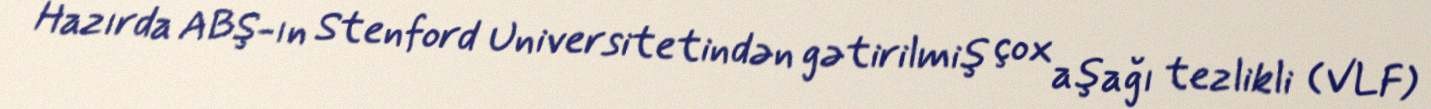
Hazırda ABŞ-ın Stenford Universitetindən gətirilmiş çox aşağı tezlikli (VLF)